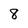
Character: 8